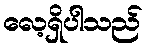
လေ့ရှိပါသည်